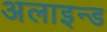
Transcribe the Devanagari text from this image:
अलाइन्ड